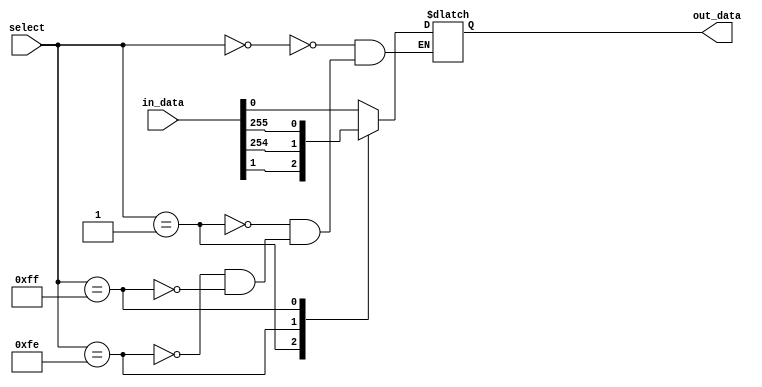
module mux_256_to_1 (
    input [255:0] in_data,
    input [7:0] select,
    output reg out_data
);

always @ (*) begin
    case (select)
        8'b00000000: out_data <= in_data[0];
        8'b00000001: out_data <= in_data[1];
        // continue for all 256 input lines
        8'b11111110: out_data <= in_data[254];
        8'b11111111: out_data <= in_data[255];
    endcase
end

endmodule